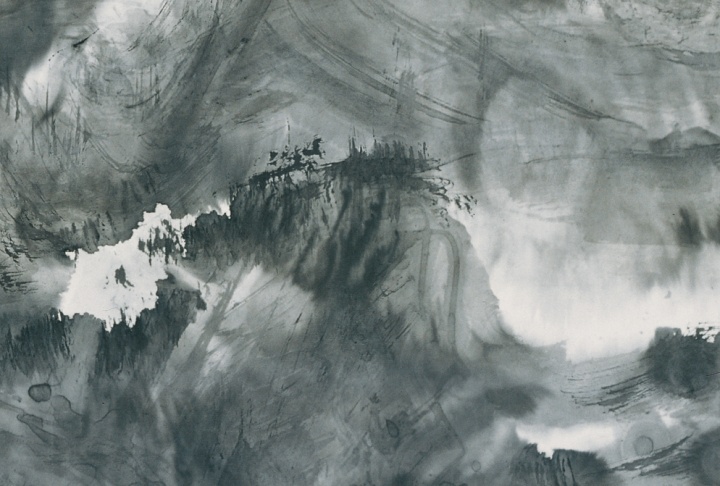
美成在久，恶成不及改